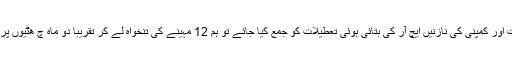
اندر کے ریاضی دان نے ا سی وقت حساب لگایا کہ ہفتہ وار تعطیلات، تہوار اور سرکاری تعطیلات اور کمپنی کی نازنیں ایچ آر کی بتائی ہوئی تعطیلات کو جمع کیا جائے تو ہم 12 مہینے کی تنخواہ لے کر تقریباً دو ماہ چ ھٹیوں پر گ زاریں گے لیکن جنابِ من پرائیویٹ نوکری میں چ ھٹی لینا جوئے شیر لانے کے م ترادف ہے۔